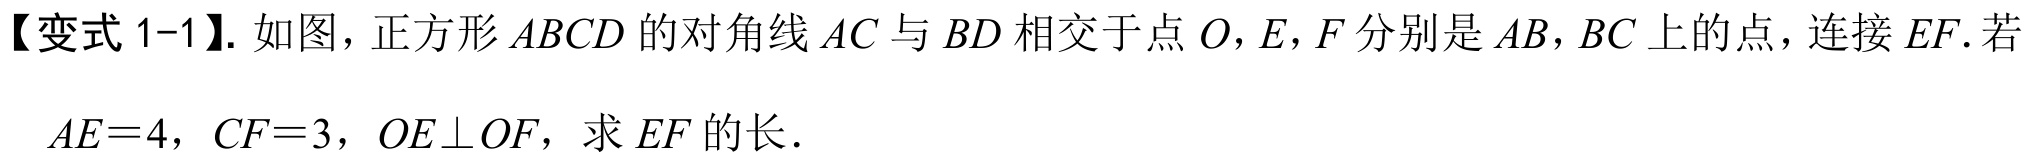
【变式 1-1】. 如图，正方形 \(ABCD\) 的对角线 \(AC\) 与 \(BD\) 相交于点 \(O\)，\(E,F\) 分别是 \(AB,BC\) 上的点，连接 \(EF\). 若
\(AE = 4\)，\(CF = 3\)，\(OE\perp OF\)，求 \(EF\) 的长.